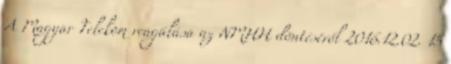
A Magyar Telekom reagálása az NMHH döntéséről 2016.12.02. 15